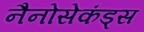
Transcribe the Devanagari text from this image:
नैनोसेकंड्स